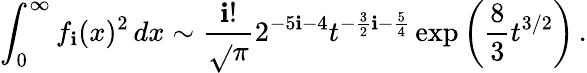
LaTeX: \int_{0}^{\infty}f_{\mathbf{i}}(x)^{2}\, dx\sim{\frac{{\mathbf{i}!}}{{\sqrt{}{\pi}}}}2^{-5\mathbf{i}-4}t^{-{\frac{{3}}{{2}}}\mathbf{i}-{\frac{{5}}{{4}}}}\exp\left({\frac{{8}}{{3}}}t^{3/2}\right)\, .